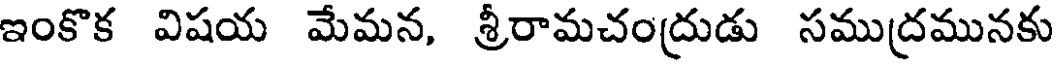
ఇంకొక విషయ మేమన, శ్రీరామచంద్రుడు సముద్రమునకు